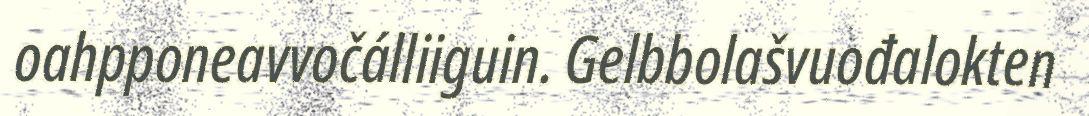
oahpponeavvočálliiguin. Gelbbolašvuođalokten